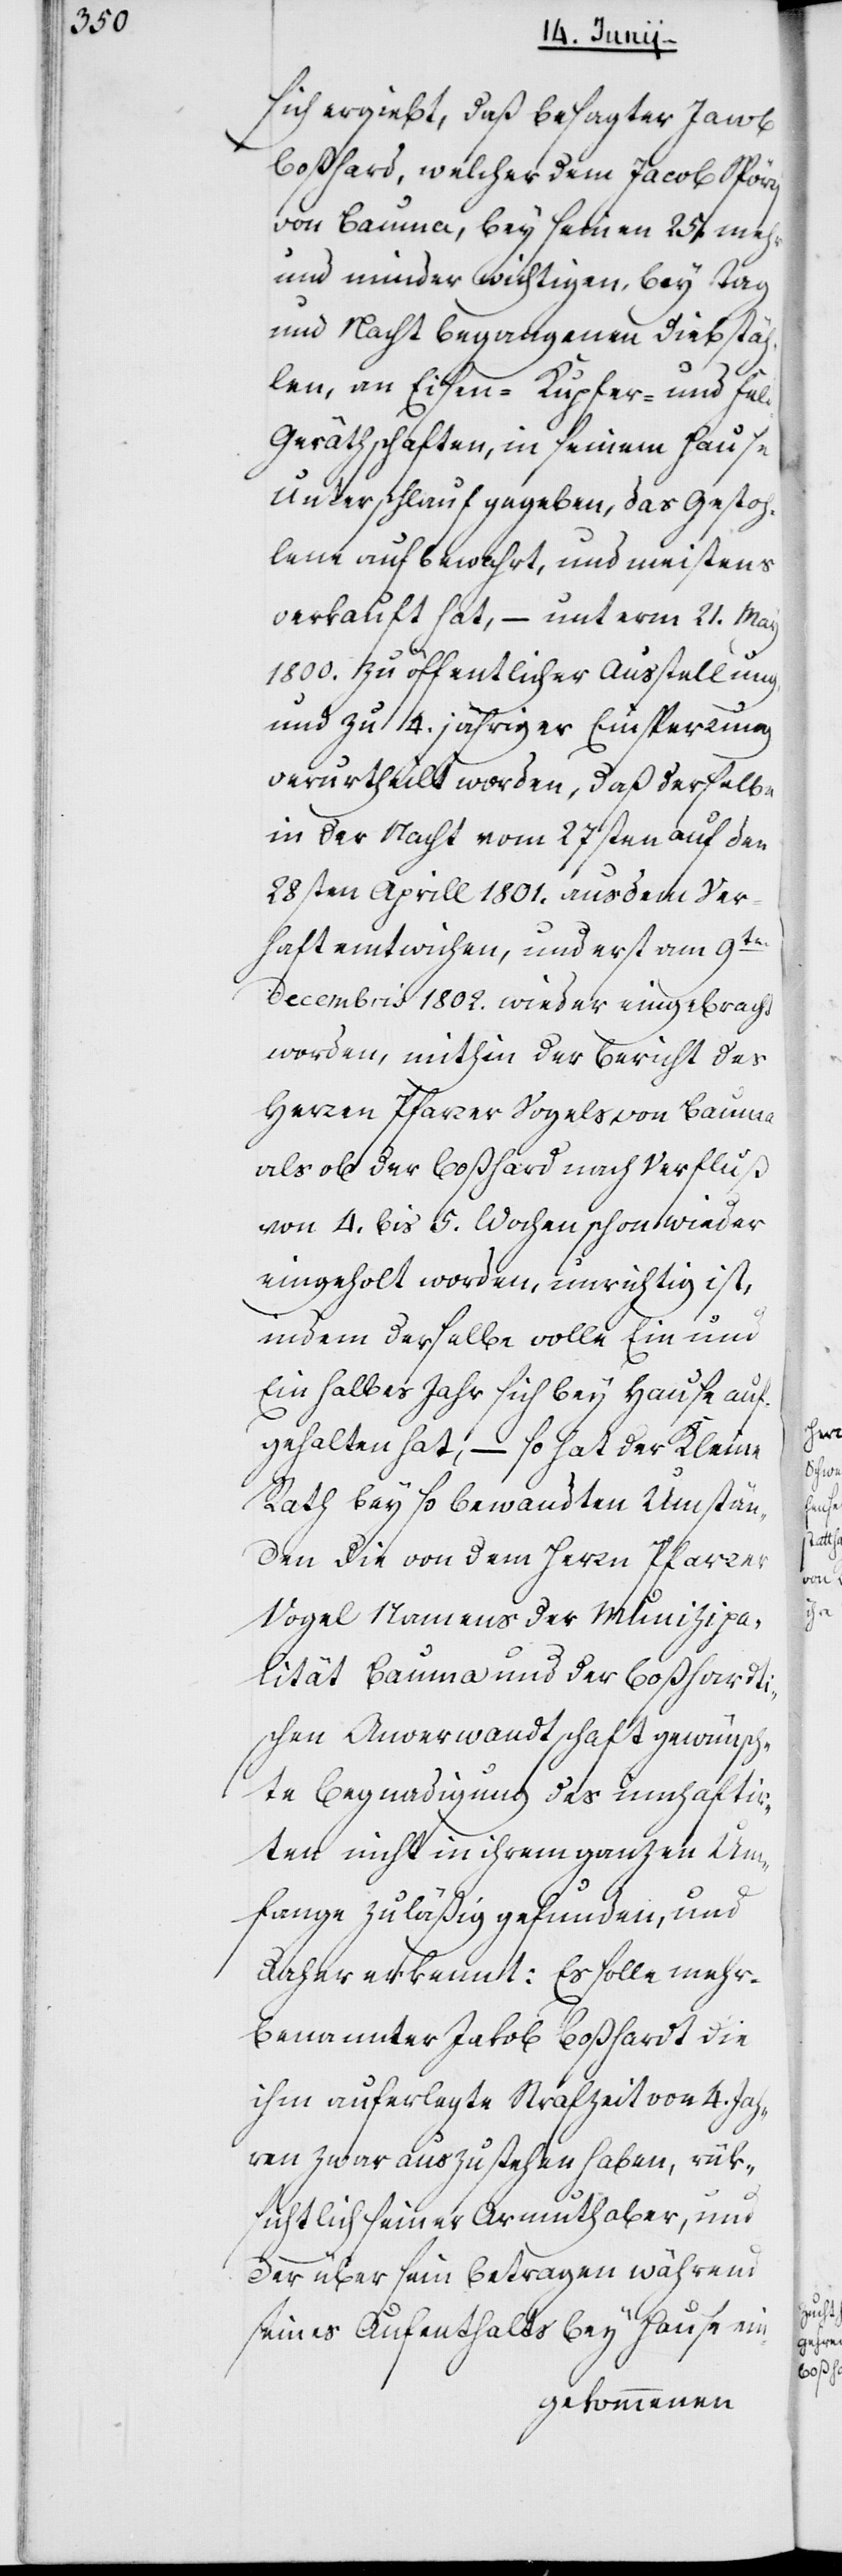
sich ergiebt, daß besagter Jacob
Boßhardt, welcher dem Jacob Spörri
von Bauma, bey seinen 25. mehr
und minder wichtigen, bey Tag
und Nacht begangenen Diebstäh¬
len, an Eisen-, Kupfer- und Fel¬
d-Geräthschaften, in seinem Hause
Unterschlauf gegeben, das Gestoh¬
lene aufbewahrt, und meistens
verkauft hat, – unterm 21sten
1800. zu öffentlicher Ausstellung
und zu vierjähriger Einsperrung
verurtheilt worden, daß derselbe
in der Nacht vom 27sten af den
28sten Aprill 1801. aus dem Ver¬
haft entwichen, und erst am 9ten
Decembris 1802. wieder eingebracht
worden, mithin der Bericht des
Herren Pfarrer Vogels von Bauma,
als ob der Boßhardt nach Verfluß
von 4. bis 5. Wochen schon wieder
eingeholt worden, unrichtig ist,
indem derselbe volle ein und
ein halbes Jahr sich bey Hause auf¬
gehalten hat, – so hat der Kleine
Rath bey so bewandten Umstän¬
den die von dem Herrn Pfarrer
Vogel Namens der Munizipa¬
lität Bauma und der Boßhardti¬
schen Anverwandtschaft gewünsch¬
te Begnadigung des Innhaftir¬
ten nicht in ihrem ganzen Um¬
fange zuläßig gefunden, und
daher erkannt: Es solle mehr¬
benannter Jakob Boßhardt die
ihm auferlegte Strafzeit von 4. Jah¬
ren zwar auszustehen haben, rük¬
sichtlich seiner Armuth aber, und
der über sein Betragen während
seines Aufenthalts bey Hause ein-